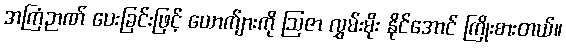
အကြံဉာဏ် ပေးခြင်းဖြင့် ယောက်ျားကို ဩဇာ လွှမ်းမိုး နိုင်အောင် ကြိုးစားတယ်။